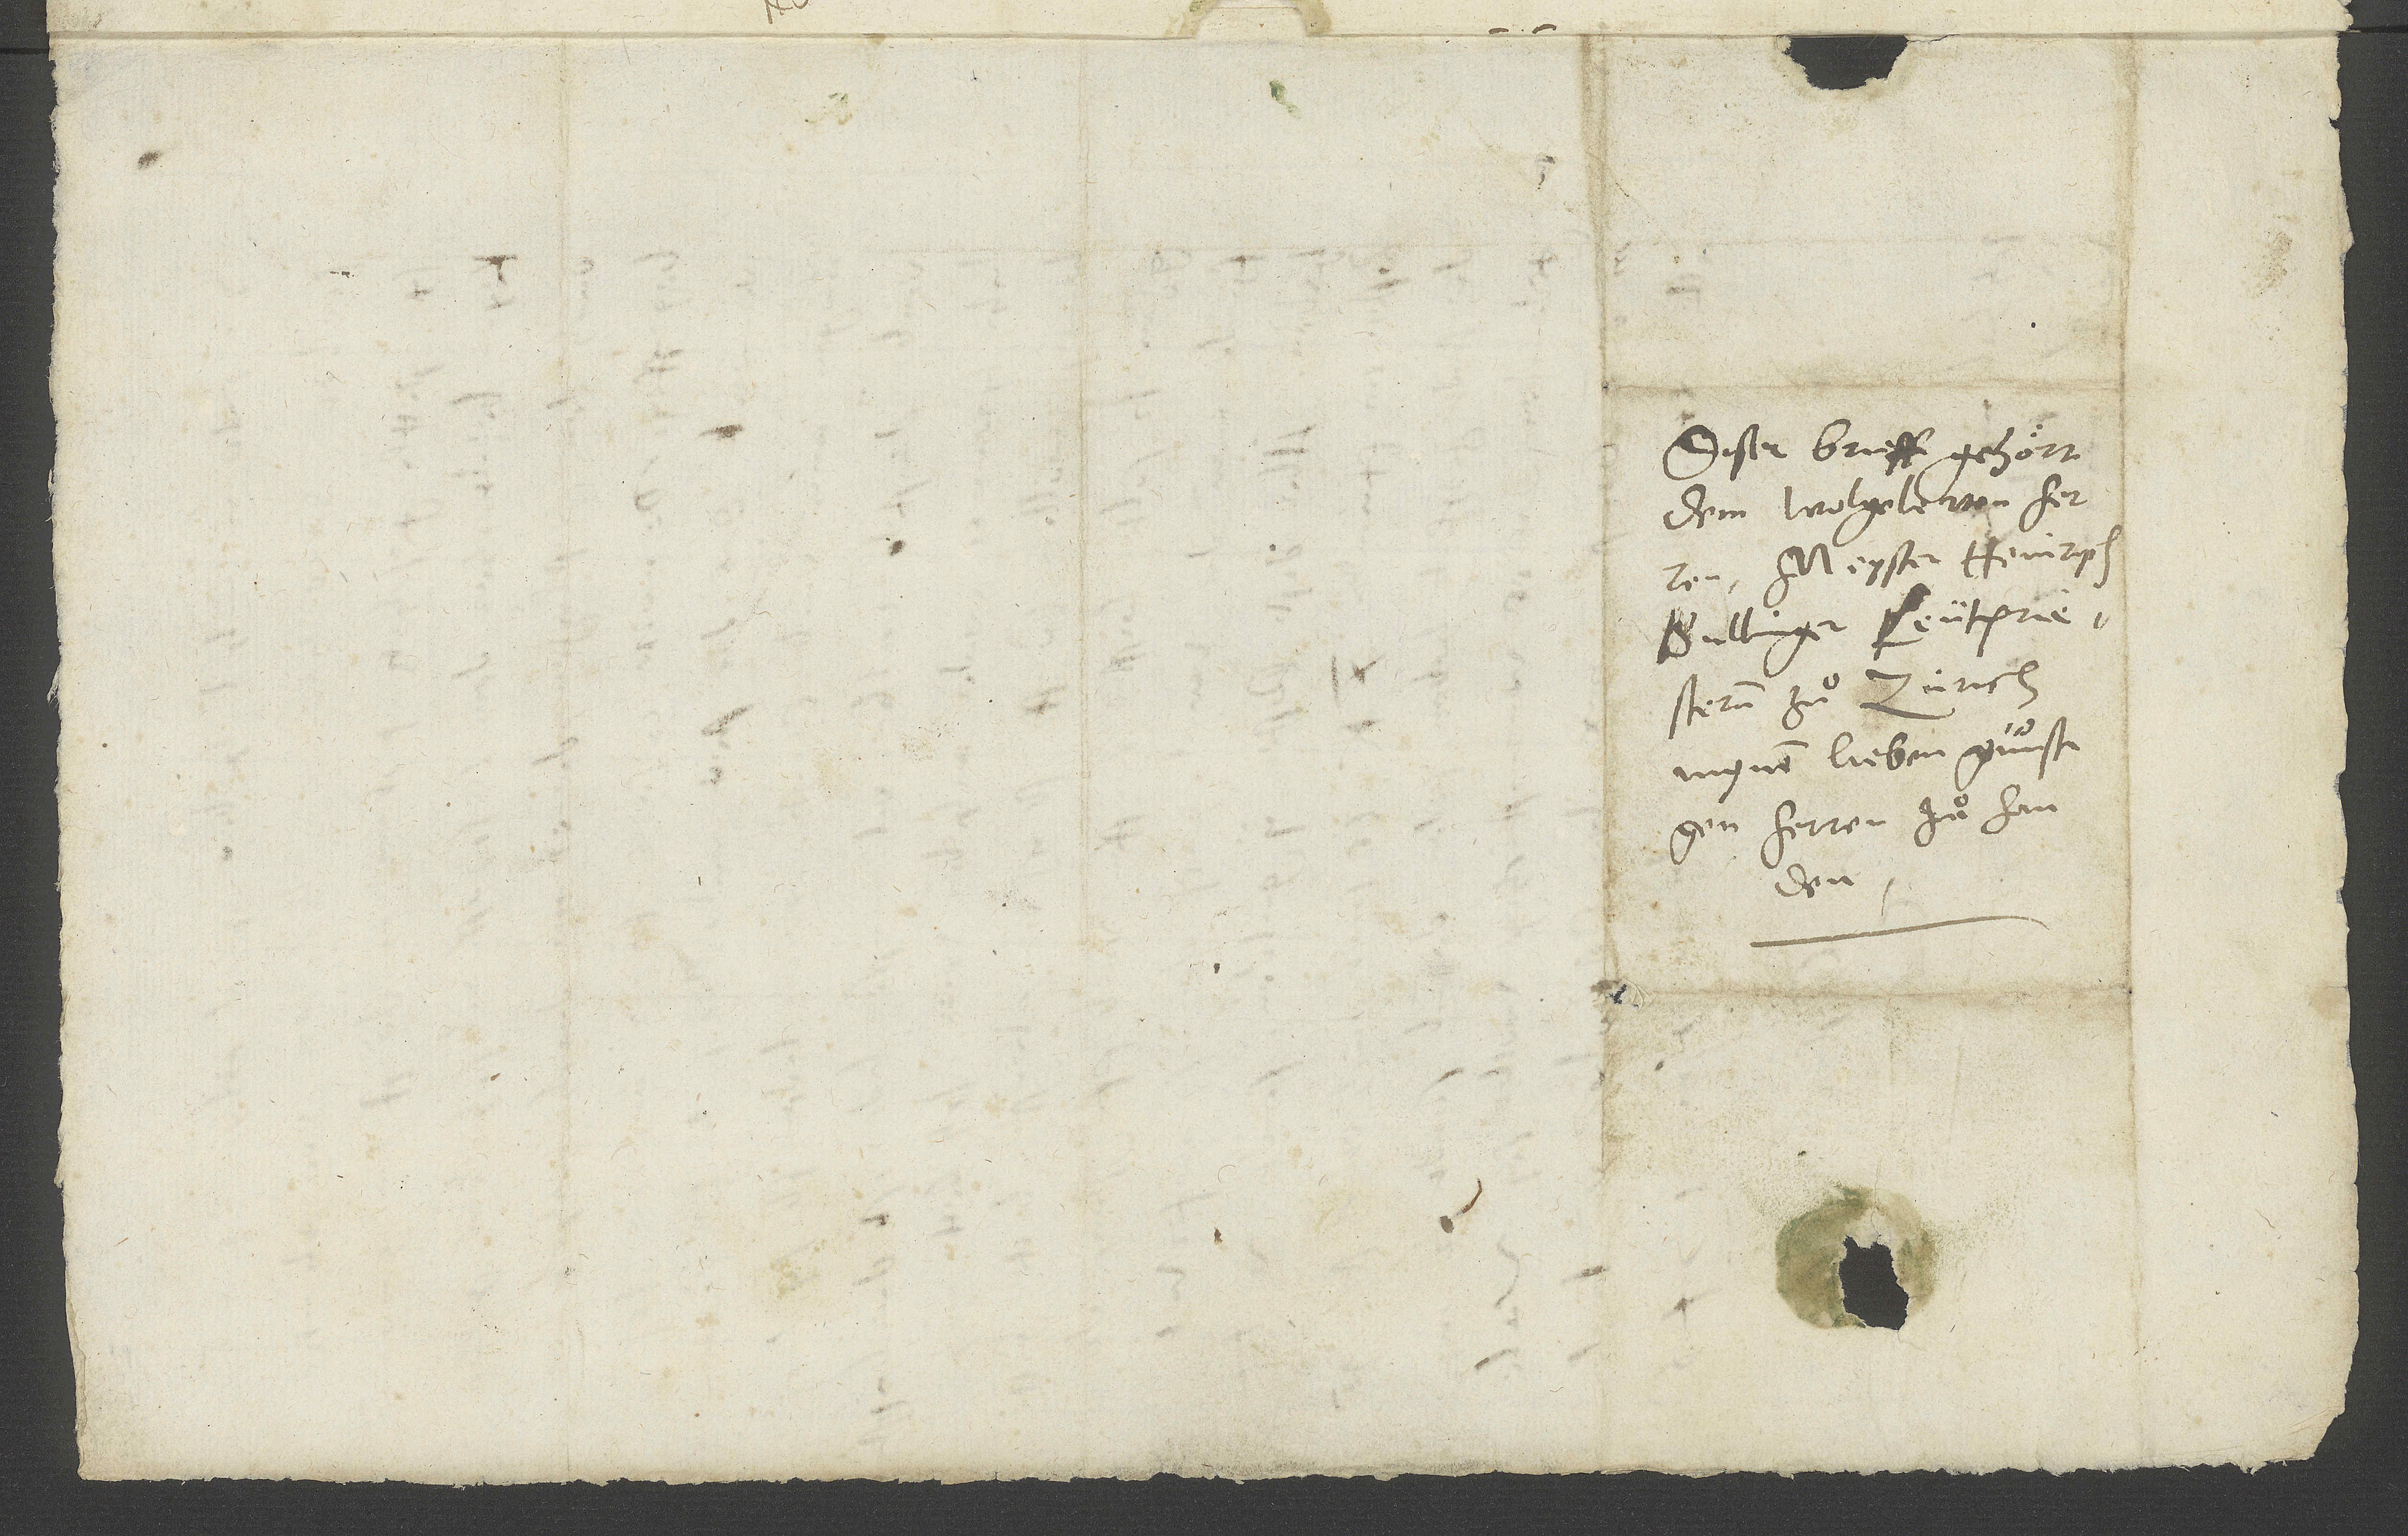
Diser brieff gehoͤrt
dem wolgelerten herren,
meyster Heinrich
Bullinger, leutpriesteren
zuͦ Zürich,
mynem lieben, guͤnstigen
herren, zuͦ handen.
den